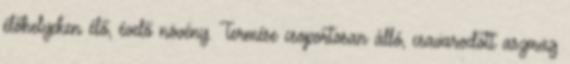
élőhelyeken élő, évelő növény. Termése csoportosan álló, csavarodott aszmag